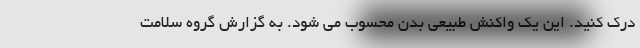
درک کنید. این یک واکنش طبیعی بدن محسوب می شود. به گزارش گروه سلامت